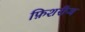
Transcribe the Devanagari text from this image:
फ़िशरीज